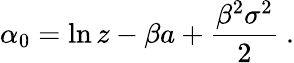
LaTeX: \alpha_{0}=\ln z-\beta a+\frac{\beta^{2}\sigma^{2}}{2}\ .